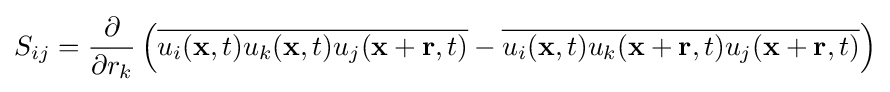
S_{ij}={}{\frac {\partial }{\partial r_{k}}}\left({\overline {u_{i}(\mathbf {x} ,t)u_{k}(\mathbf {x} ,t)u_{j}(\mathbf {x} +\mathbf {r} ,t)}}-{\overline {u_{i}(\mathbf {x} ,t)u_{k}(\mathbf {x} +\mathbf {r} ,t)u_{j}(\mathbf {x} +\mathbf {r} ,t)}}\right)